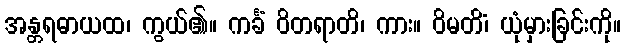
အန္တရဓာယထ၊ ကွယ်၏။ ကင်္ခံ ဝိတရာတိ၊ ကား။ ဝိမတိံ၊ ယုံမှားခြင်းကို။